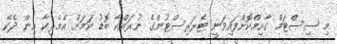
މި ސިސްޓަމް ގާއިމްކޮށްފައިވަނީ ޓެރަރިސްޓުންގެ ނުރައްކާ ބޮޑު ކަމަށް އެމެރިކާ އިން ދެކޭ